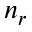
n _ { r }